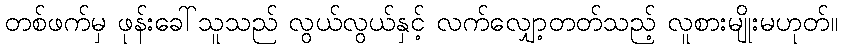
တစ်ဖက်မှ ဖုန်းခေါ်သူသည် လွယ်လွယ်နှင့် လက်လျှော့တတ်သည့် လူစားမျိုးမဟုတ်။